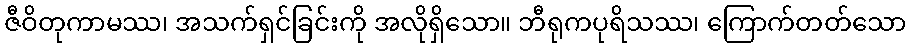
ဇီဝိတုကာမဿ၊ အသက်ရှင်ခြင်းကို အလိုရှိသော။ ဘီရုကပုရိသဿ၊ ကြောက်တတ်သော